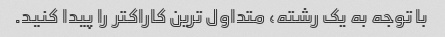
با توجه به یک رشته، متداول ترین کاراکتر را پیدا کنید.